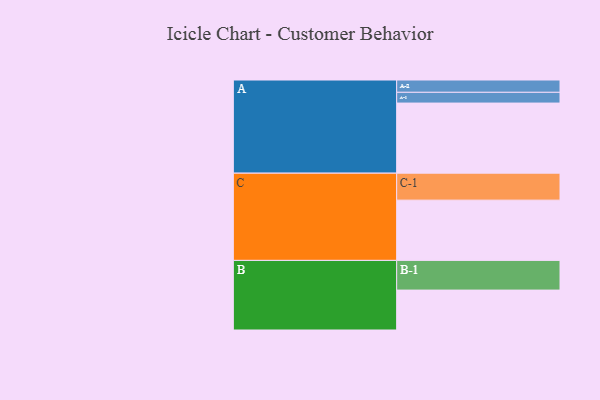
{"axis": {"x": "Segment", "y": "Value"}, "legend": ["", "A", "B", "C"], "data": [{"x": "A", "y": 541, "type": ""}, {"x": "B", "y": 308, "type": ""}, {"x": "C", "y": 465, "type": ""}, {"x": "A-1", "y": 83, "type": "A"}, {"x": "A-2", "y": 95, "type": "A"}, {"x": "B-1", "y": 229, "type": "B"}, {"x": "C-1", "y": 208, "type": "C"}]}